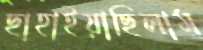
ছাহাইয়াছিলাম